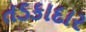
તડકાદાર